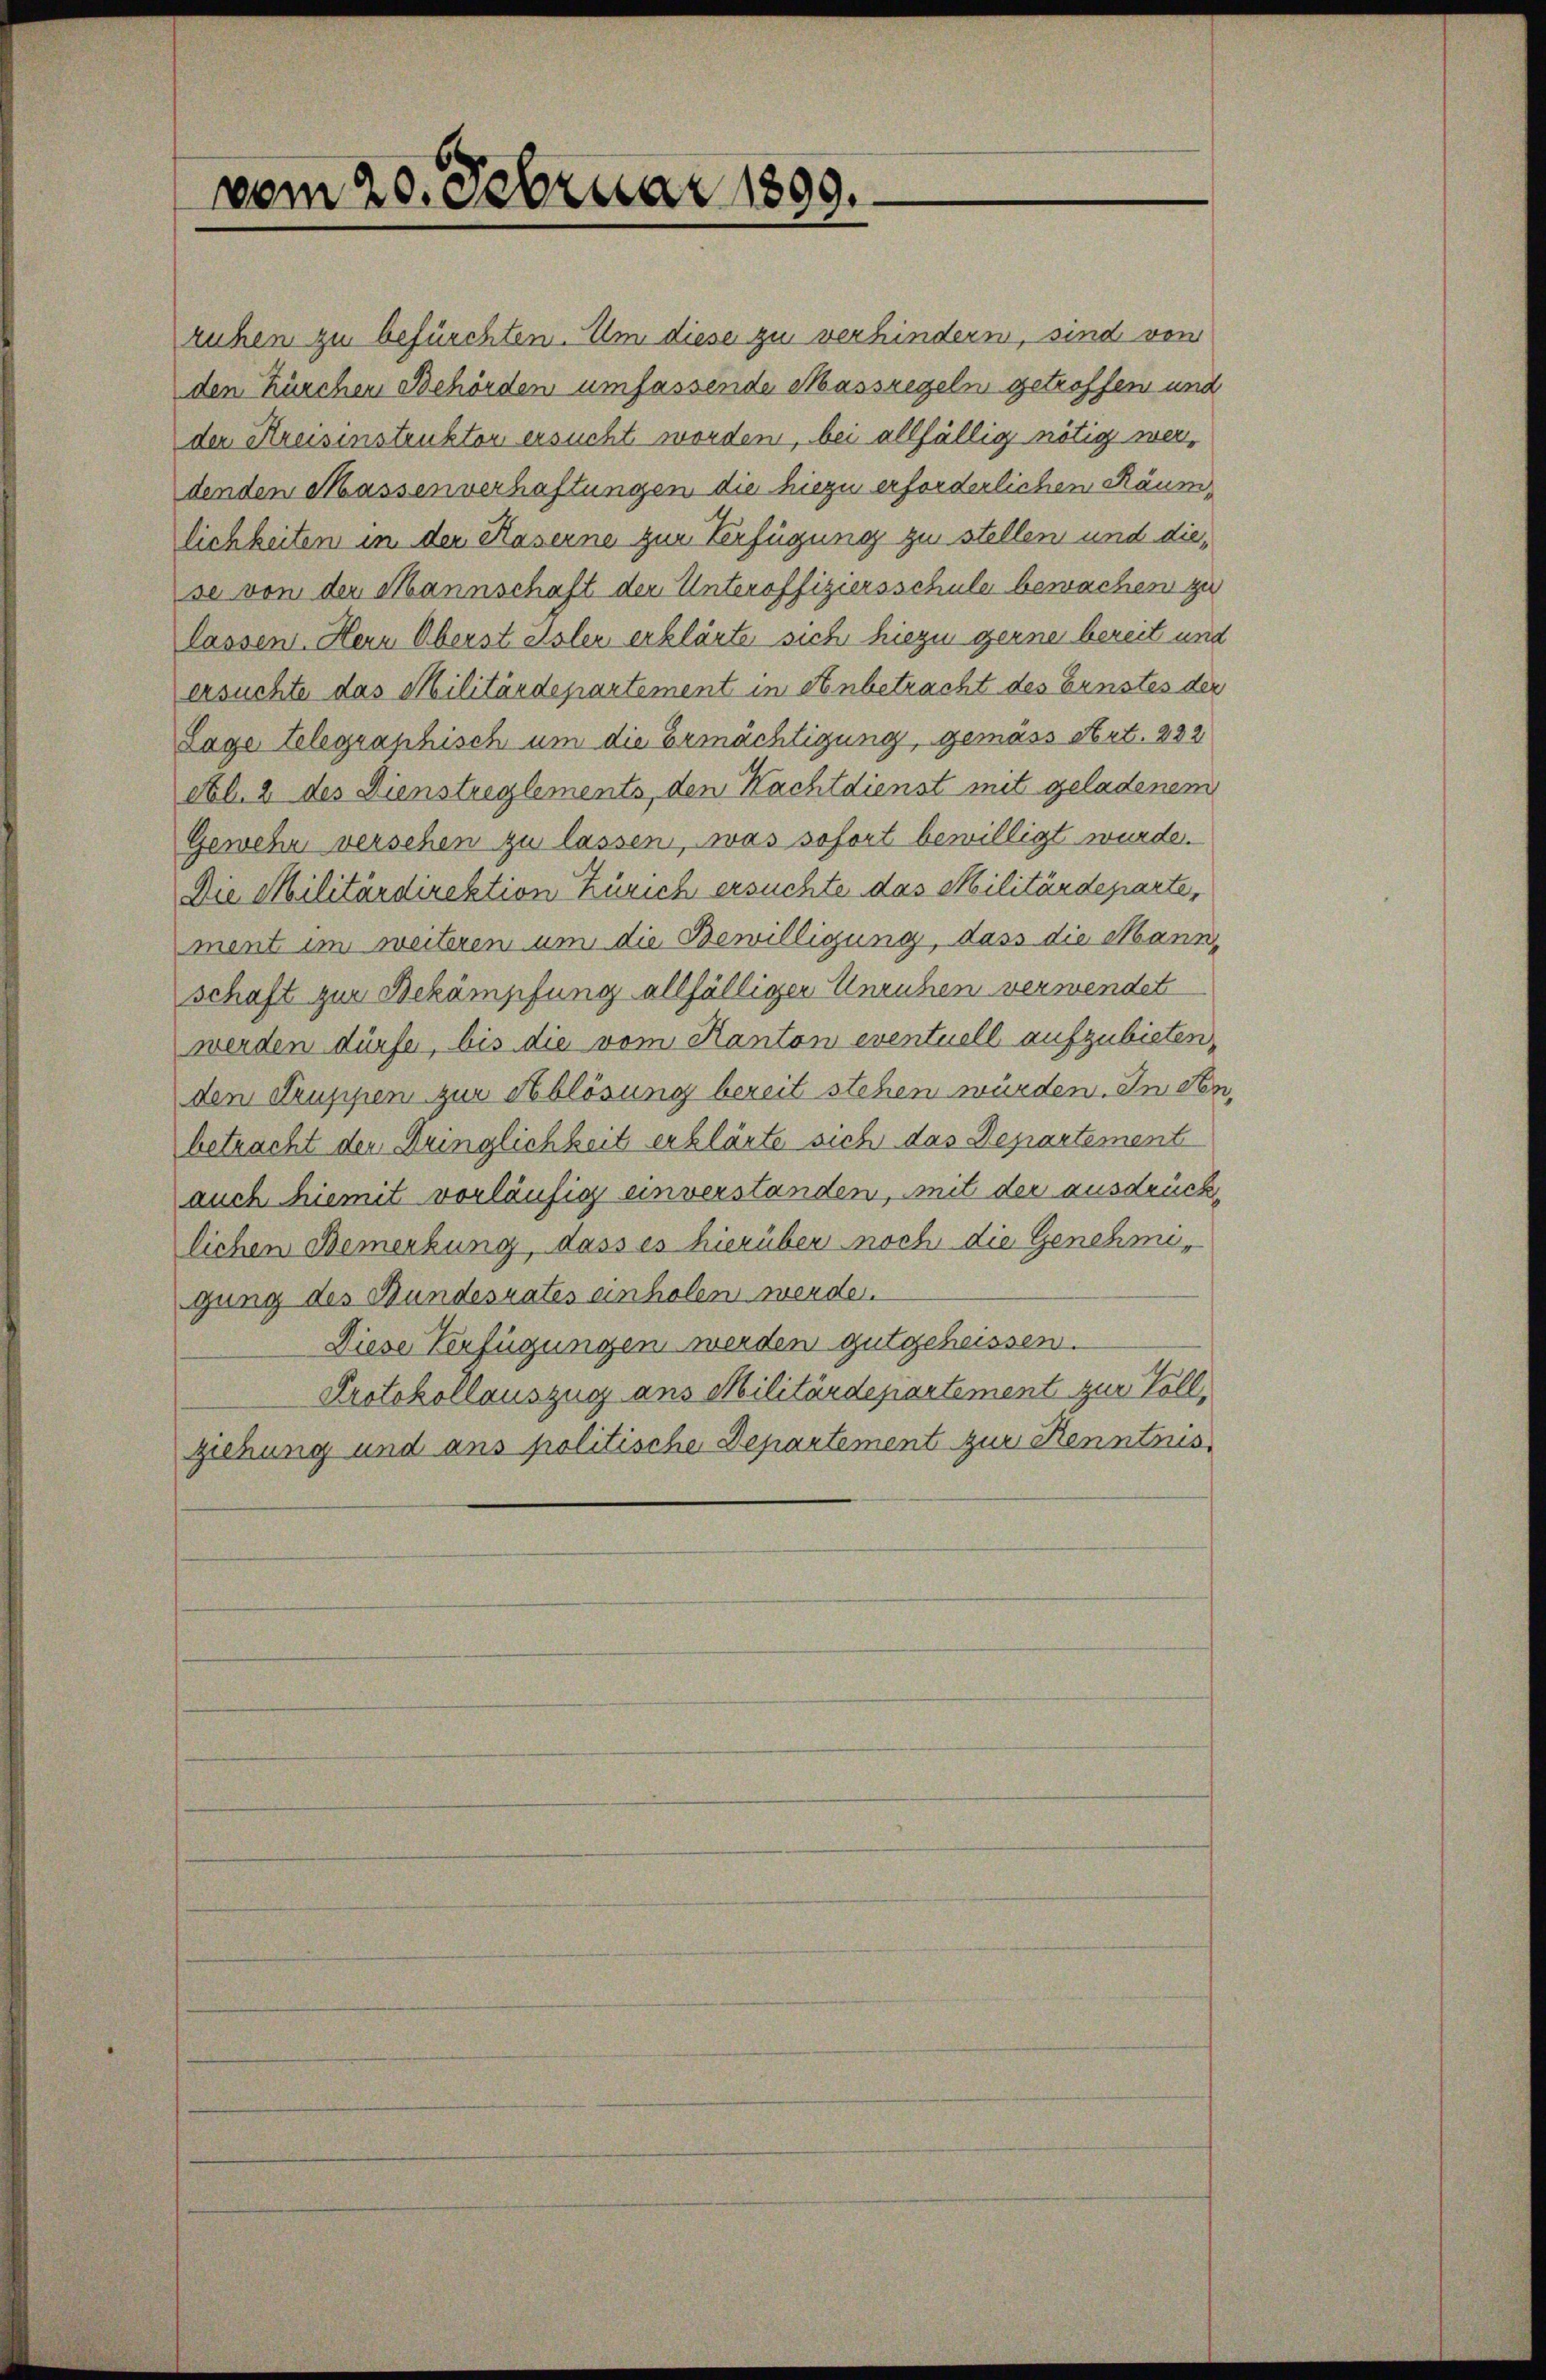
vom 20. Februar 1899.

ruhen zu befürchten. Um diese zu verhindern, sind von
den Kürchen Behörden umfassende Massregeln getroffen und
der Kreisinstruktor ersucht worden, bei allfällig nötig werdenden Massenverhaftungen die hiezu erforderlichen Räumlichkeiten in der Kaserne zur Verfügung zu stellen und diese von der Mannschaft der Unteroffiziersschule bewachen zu
lassen. Hern Oberst esler erklärte sich hiezu gerne bereit und
ersuchte das Militärdepartement in Anbetracht des Ernstes der
Lage telegraphisch um die Ermächtigung, gemäss Art. 232
etl. 2 des Dienstreglements, den Nachtdienst mit geladenem
Gewehr versehen zu lassen, was sofort bewilligt wurde.
Die Militärdirektion Zürich ersuchte das Militärdeparte,
ment im weiteren um die Bewilligung, dass die Mann,
schaft zur Bekämpfung allfälliger Unruhen verwendet
werden dürfe, bis die vom Kanton eventuell aufzubieten,
den Truppen zur Ablösung bereit stehen würden. In den,
betracht den Dringlichkeit erklärte sich das Departement
auch hiemit vorläufig einverstanden, mit der ausdrücklichen Bemerkung, dass es hierüber noch die Genehmigung des Bundesrates einholen werde.
Diese Verfügungen werden gutgeheissen.
Protokollauszug aus Militärdepartement zur Vollziehung und ans politische Departement zur Kenntnis